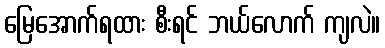
မြေအောက်ရထား စီးရင် ဘယ်လောက် ကျလဲ။